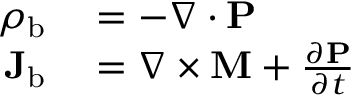
\begin{array} { r l } { \rho _ { \mathrm { b } } } & { { } = - \nabla \cdot \mathbf { P } } \\ { \mathbf { J } _ { \mathrm { b } } } & { { } = \nabla \times \mathbf { M } + { \frac { \partial \mathbf { P } } { \partial t } } } \end{array}